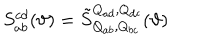
LaTeX: S _ { a b } ^ { c d } ( \vartheta ) = { \tilde { S } } _ { Q _ { a b } , Q _ { b c } } ^ { Q _ { a d } , Q _ { d c } } ( \vartheta )